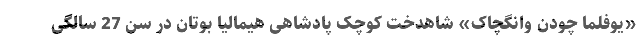
«یوفلما چودن وانگچاک» شاهدخت کوچک پادشاهی هیمالیا بوتان در سن 27 سالگی